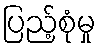
ပြည့်စုံမှု